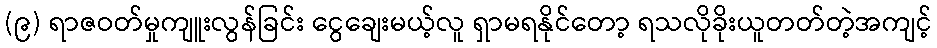
(၉) ရာဇဝတ်မှုကျူးလွန်ခြင်း ငွေချေးမယ့်လူ ရှာမရနိုင်တော့ ရသလိုခိုးယူတတ်တဲ့အကျင့်